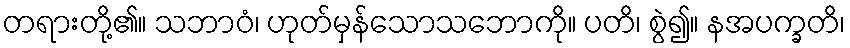
တရားတို့၏။ သဘာဝံ၊ ဟုတ်မှန်သောသဘောကို။ ပတိ၊ စွဲ၍။ နအပက္ခတိ၊